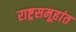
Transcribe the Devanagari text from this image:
राष्ट्रसमूहांत